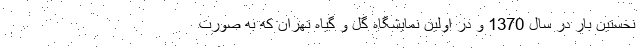
نخستین بار در سال 1370 و در اولین نمایشگاه گل و گیاه تهران که به صورت